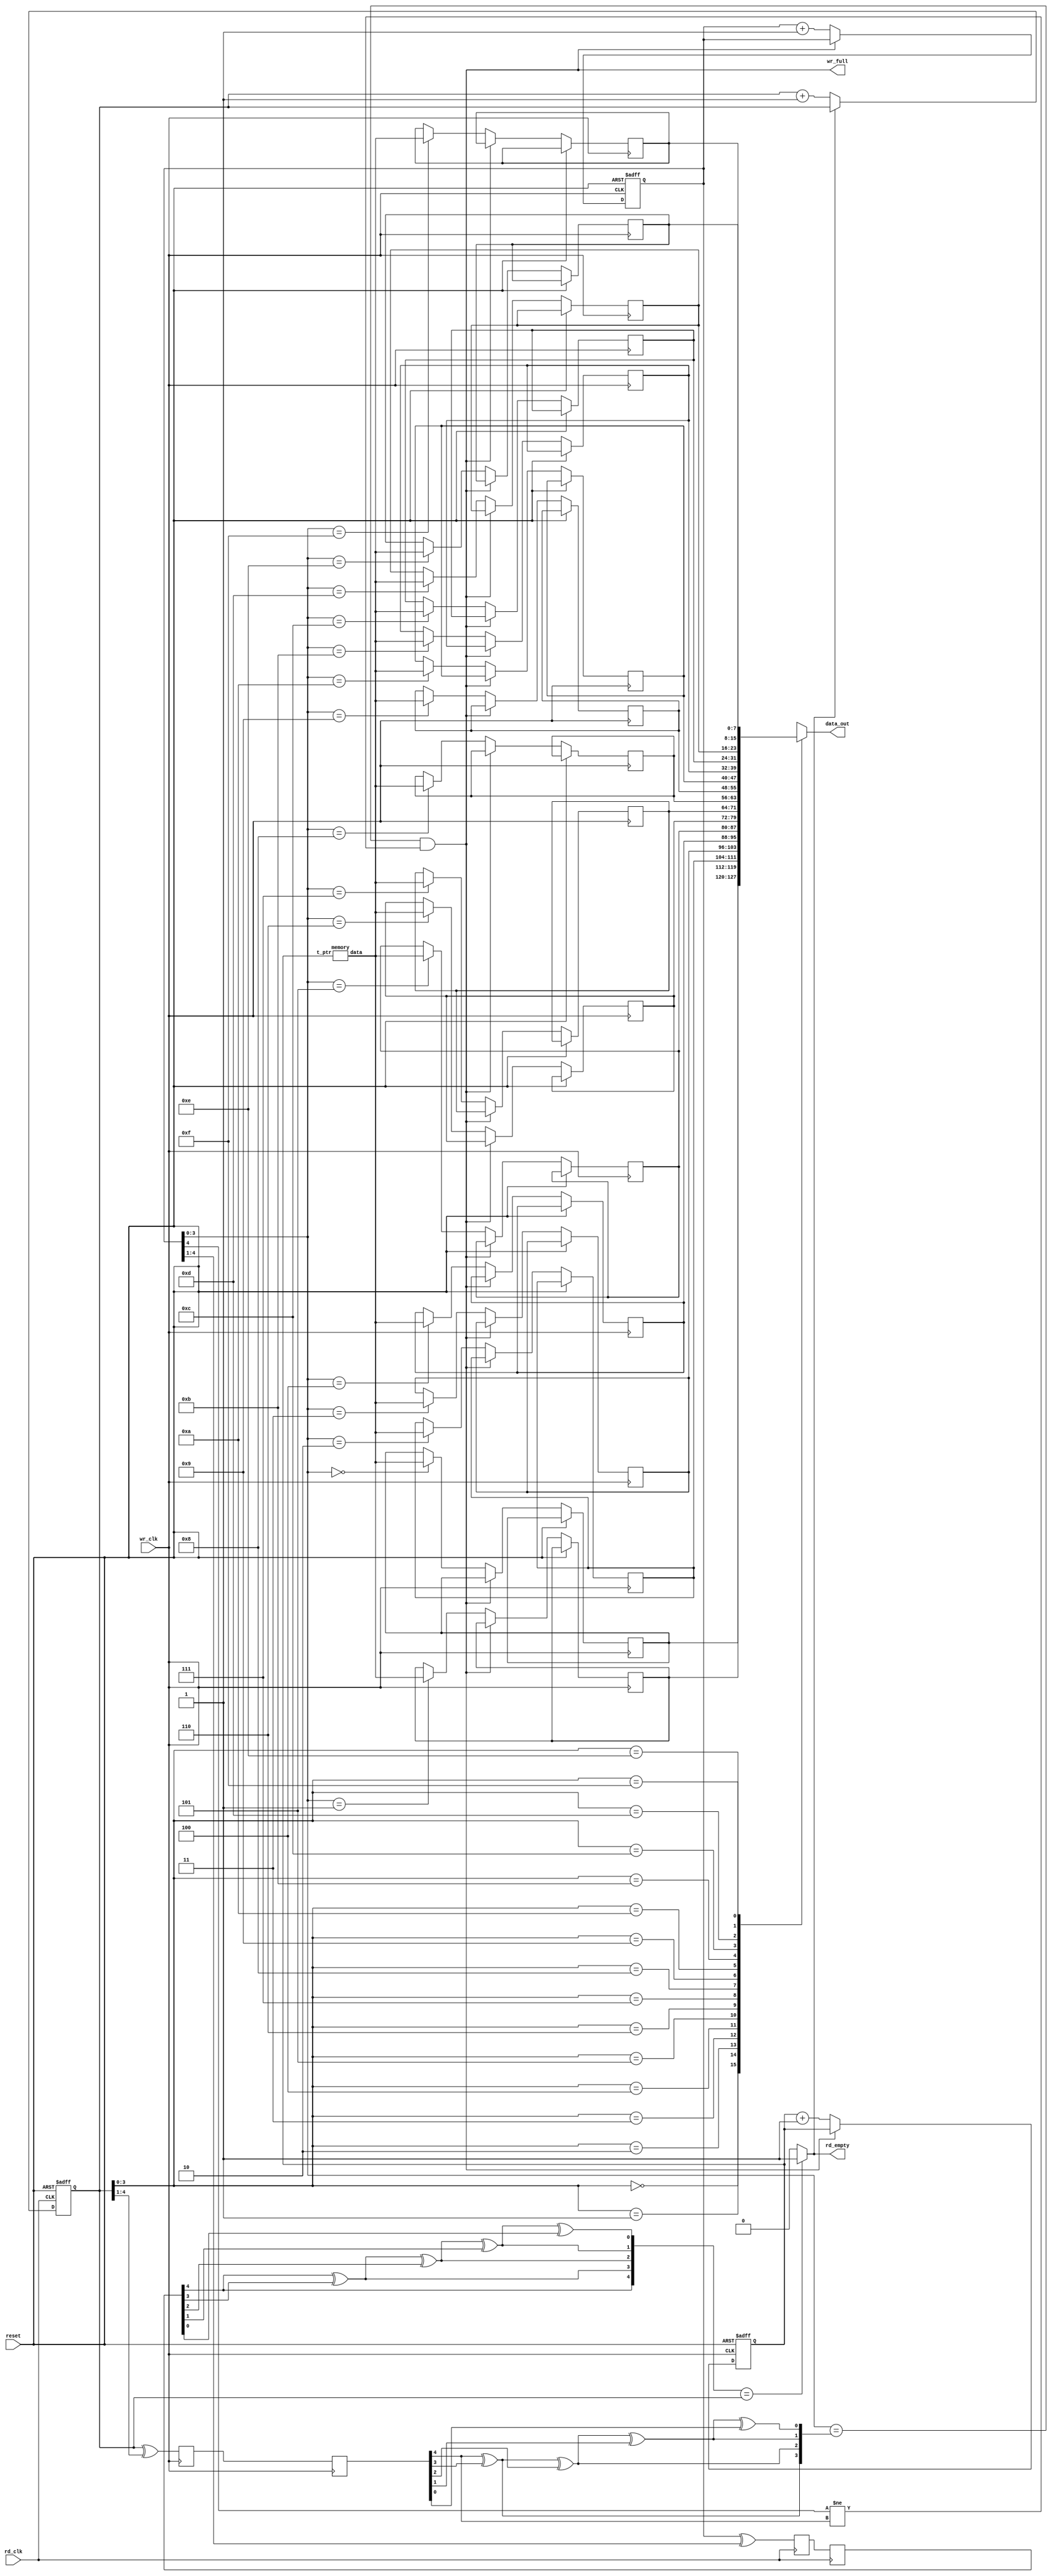
module asyncfifo (data_out, wr_full, rd_empty, 
				 rd_clk, wr_clk, reset);

parameter WIDTH = 8;

output [WIDTH-1 : 0] data_out;
output wr_full;
reg empty;
output rd_empty;
input rd_clk, wr_clk;
input reset;
reg [7:0] t_ptr;
wire [7:0]data_in;

reg [4 : 0] rd_pointer,  rd_sync_1, rd_sync_2;
reg [4 : 0] wr_pointer,  wr_sync_1, wr_sync_2;
wire [4 : 0] wr_pointer_g;
wire [4 : 0] rd_pointer_g;
parameter DEPTH = 16;

reg [WIDTH-1 : 0] mem [DEPTH-1 : 0];

wire [4 : 0] rd_pointer_sync;
wire [4 : 0] wr_pointer_sync;

//--write logic--//
memory dut(t_ptr,data_in);
always @(posedge wr_clk or  posedge reset) begin
	if (reset) begin
		// reset
		wr_pointer <= 0;
		t_ptr<=8'b0;
	end
	else if (wr_full == 1'b0) begin
		wr_pointer <= wr_pointer + 1;
		mem[wr_pointer[3: 0]]<= data_in;
		t_ptr<=t_ptr+1;
	end
end
//--read pointer synchronizer controled by write clock--//
always @(posedge wr_clk) begin
	rd_sync_1 <= rd_pointer_g;
	rd_sync_2 <= rd_sync_1;
end
//--read logic--//
always @(posedge rd_clk or posedge reset) begin
	if (reset) begin
		// reset
		rd_pointer <= 0;
		//empty <= 1'b0;
	end
	else if (empty != 1'b1) begin
		rd_pointer <= rd_pointer + 1;
	end
end
//write pointer synchronizer controlled by read clock//
always @(posedge rd_clk) begin
	wr_sync_1 <= wr_pointer_g;
	wr_sync_2 <= wr_sync_1;
end

//write full flag

assign wr_full  = ((wr_pointer[3 : 0] == rd_pointer_sync[3 : 0]) && 
				(wr_pointer[4] != rd_pointer_sync[4] ));
				
				
//read empty flag
always@(*)
begin
if(wr_pointer_sync == rd_pointer)
empty=1;
else
empty=0;
end


assign data_out = mem[rd_pointer[3:0]];
assign rd_empty=empty;

//--binary code to gray code--//
assign wr_pointer_g = wr_pointer ^ (wr_pointer >> 1);
assign rd_pointer_g = rd_pointer ^ (rd_pointer >> 1);
//gray code to binary code//						
assign wr_pointer_sync[4]=wr_sync_2[4];
assign wr_pointer_sync[3]=wr_sync_2[4]^wr_sync_2[3];
assign wr_pointer_sync[2]= wr_sync_2[4]^wr_sync_2[3]^wr_sync_2[2];
assign wr_pointer_sync[1]=wr_sync_2[4]^wr_sync_2[3]^wr_sync_2[2]^wr_sync_2[1];
assign wr_pointer_sync[0]=wr_sync_2[4]^wr_sync_2[3]^wr_sync_2[2]^wr_sync_2[1]^wr_sync_2[0];




assign rd_pointer_sync[4]=rd_sync_2[4];
assign rd_pointer_sync[3]=rd_sync_2[4]^rd_sync_2[3];
assign rd_pointer_sync[2]=rd_sync_2[4]^rd_sync_2[3]^rd_sync_2[2];
assign rd_pointer_sync[1]=rd_sync_2[4]^rd_sync_2[3]^rd_sync_2[2]^rd_sync_2[1];
assign rd_pointer_sync[0]=rd_sync_2[4]^rd_sync_2[3]^rd_sync_2[2]^rd_sync_2[1]^rd_sync_2[0];



						
endmodule
//memory block
module memory(t_ptr,data);
//input wr_clk;
integer i;
input [7:0]t_ptr;
output [7:0]data;
reg [7 : 0] memo [255 : 0];

assign data=memo[t_ptr];
initial
begin
for (i=0;i<=255;i=i+1)
memo[i]<=i;
end


endmodule